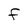
Character: f